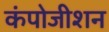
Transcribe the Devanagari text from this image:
कंपोजीशन